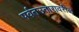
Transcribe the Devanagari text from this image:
पर्वतउतारावरील